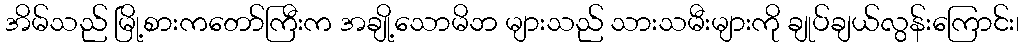
အိမ်သည် မြို့စားကတော်ကြီးက အချို့သောမိဘ များသည် သားသမီးများကို ချုပ်ချယ်လွန်းကြောင်း၊